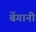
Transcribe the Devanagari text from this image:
बेंगानी